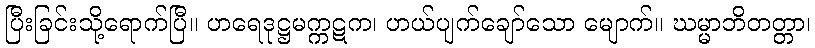
ပြီးခြင်းသို့ရောက်ပြီ။ ဟရေဒုဋ္ဌမက္ကဋက၊ ဟယ်ပျက်ချော်သော မျောက်။ ဃမ္မာဘိတတ္တာ၊